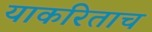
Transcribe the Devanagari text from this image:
याकरिताच